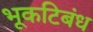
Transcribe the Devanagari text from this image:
भूकटिबंध